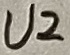
Text: U2